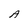
Character: A